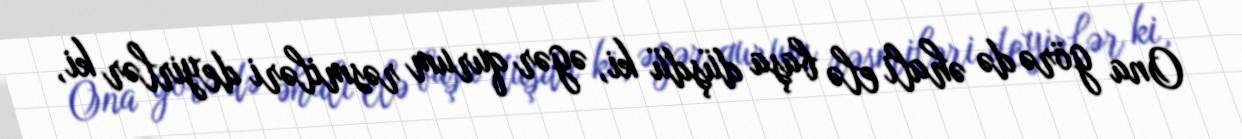
Ona görə də əhali elə başa düşdü ki, əgər qurum rəsmiləri deyirlər ki,